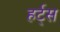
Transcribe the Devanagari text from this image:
हर्ट्‌स